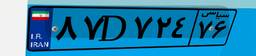
۸۷D۷۲۴۷۶